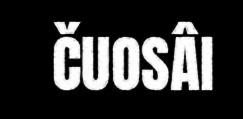
ČUOSÂI